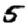
Digit: 5